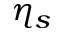
\eta _ { s }